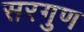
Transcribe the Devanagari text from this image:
सरगुण